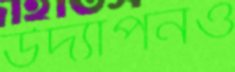
উদ্যাপনও